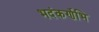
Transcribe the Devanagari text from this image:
भदंकर्णेभि